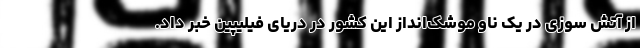
از آتش سوزی در یک ناو موشک‌انداز این کشور در دریای فیلیپین خبر داد.